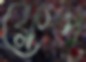
ফ্লেপ